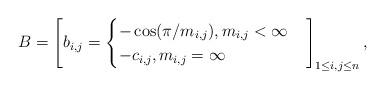
LaTeX: \begin{align*}B = \left[b_{i,j}= \begin{cases} -\cos(\pi/m_{i,j}), m_{i,j}<\infty\\ -c_{i,j}, m_{i,j}=\infty\end{cases}\right]_{1\leq i,j\leq n},\end{align*}